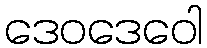
ဒေဝဒေဝေါ